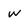
Character: w